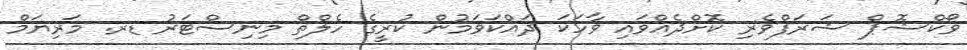
ވޯކްޝޮޕް ޝަރަފްވެރި ކޮށްދެއްވައި ވާހަކަ ދައްކަވަމުން ކުރީގެ ހެލްތް މިނިސްޓަރު ޑރ. މަރިޔަމް